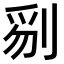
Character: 𠝄